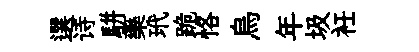
選诗駢藥玳跪恪烏年圾衽